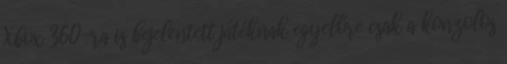
Xbox 360-ra is bejelentett játéknak egyelőre csak a konzolos